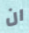
ان